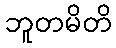
ဘူတမိတိ